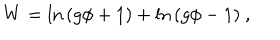
W = \ln \, ( g \phi + 1 ) + \ln \, ( g \phi - 1 ) \ ,